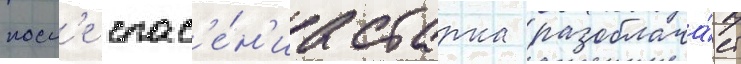
посл'е спас'е́н'иа старка разоблача́ет